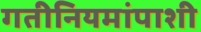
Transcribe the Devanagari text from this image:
गतीनियमांपाशी